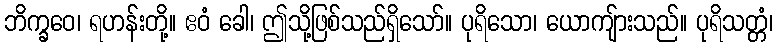
ဘိက္ခဝေ၊ ရဟန်းတို့။ ဧဝံ ခေါ၊ ဤသို့ဖြစ်သည်ရှိသော်။ ပုရိသော၊ ယောကျ်ားသည်။ ပုရိသတ္တံ၊